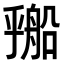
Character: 𬼔